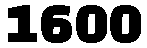
1600